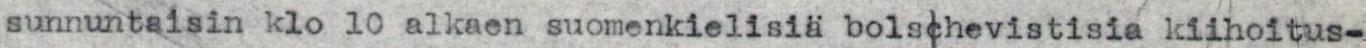
sunnuntaisin klo 10 alkaen suomenkielisiä bolschevistisia kiihoitus-